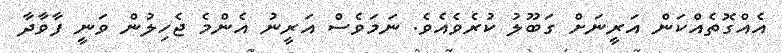
އެއްގޮތެއްކަން އަރީނަށް ގަބޫލު ކުރެވެއެވެ. ނަމަވެސް އަރީނު އެންމެ ޖެހިލުން ވަނީ ފާވާދާ